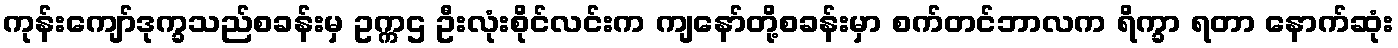
ကုန်းကျော်ဒုက္ခသည်စခန်းမှ ဥက္ကဌ ဦးလုံးစိုင်လင်းက ကျနော်တို့စခန်းမှာ စက်တင်ဘာလက ရိက္ခာ ရတာ နောက်ဆုံး